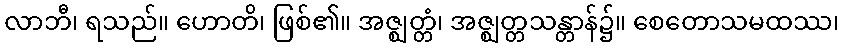
လာဘီ၊ ရသည်။ ဟောတိ၊ ဖြစ်၏။ အဇ္ဈတ္တံ၊ အဇ္ဈတ္တသန္တာန်၌။ စေတောသမထဿ၊